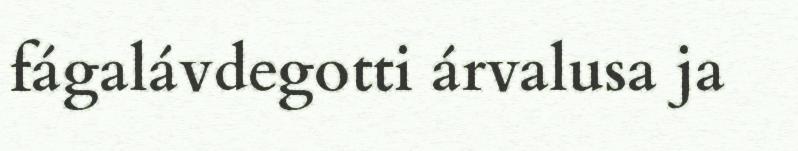
fágalávdegotti árvalusa ja